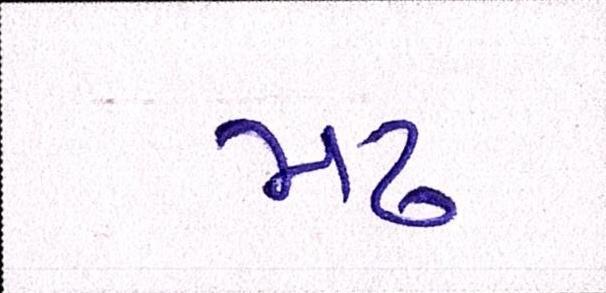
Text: મઢ